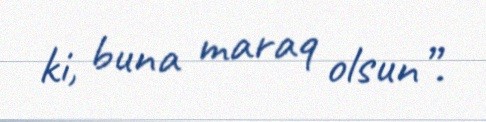
ki, buna maraq olsun”.